Civil Veterinary Department. Madras. Admin. report 1926-33 - 1926-1933
Year: 1926
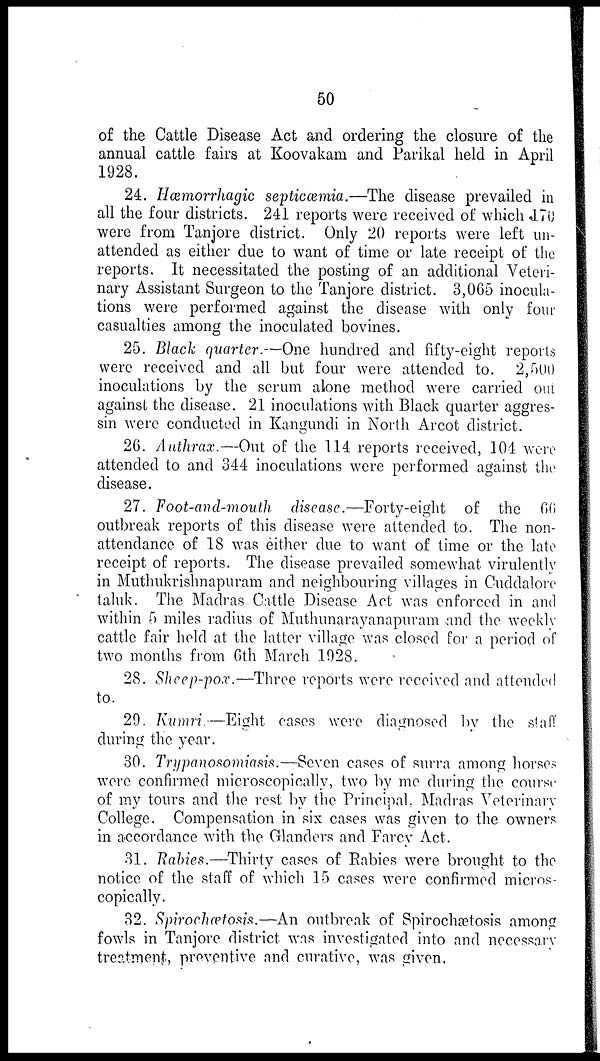
50
of the Cattle Disease Act and ordering the closure of the
annual cattle fairs at Koovakam and Parikal held in April
1928.
24. Hæmorrhagic septicæmia.—The disease prevailed in
all the four districts. 241 reports were received of which 170
were from Tanjore district. Only 20 reports were left un-
attended as either due to want of time or late receipt of the
reports. It necessitated the posting of an additional Veteri-
nary Assistant Surgeon to the Tanjore district. 3,065 inocula-
tions were performed against the disease with only four
casualties among the inoculated bovines.
25. Black quarter.—One hundred and fifty-eight reports
were received and all but four were attended to. 2,500
inoculations by the serum alone method were carried out
against the disease. 21 inoculations with Black quarter aggres-
sin were conducted in Kangundi in North Arcot district.
26. Anthrax.—Out of the 114 reports received, 104 were
attended to and 344 inoculations were performed against the
disease.
27. Foot-and-mouth disease.—Forty-eight
of the 66
outbreak reports of this disease were attended to. The non-
attendance of 18 was either due to want of time or the late
receipt of reports. The disease prevailed somewhat virulently
in Muthukrishnapuram and neighbouring villages in Cuddalore
taluk. The Madras Cattle Disease Act was enforced in and
within 5 miles radius of Muthunarayanapuram and the weekly
cattle fair held at the latter village was closed for a period of
two months from 6th March 1928.
28. Sheep-pox.—Three reports were received and attended
to.
29. Kumri—Eight
cases were diagnosed by the staff
during the year.
30. Trypanosomiasis.—Seven cases of surra among horses
were confirmed microscopically, two by me during the course
of my tours and the rest by the Principal. Madras Veterinary
College. Compensation in six cases was given to the owners
in accordance with the Glanders and Farcy Act.
31. Rabies.—Thirty cases of Rabies were brought to the
notice of the staff of which 15 cases were confirmed micros-
copically.
32. Spirochætosis.—An outbreak of Spirochætosis among
fowls in Tanjore district was investigated into and necessary
treatment, preventive and curative, was given,